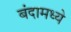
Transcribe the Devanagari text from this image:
बंदामध्ये